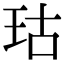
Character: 𪻕